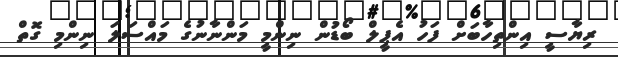
ރިޔާސީ އިންތިހާބަށް ފަހު އެޕީލް ބޯޑުން ނިންމީ މަންނާނުގެ މައްސަލަ ނިންމި ގޮތް